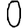
Digit: 0